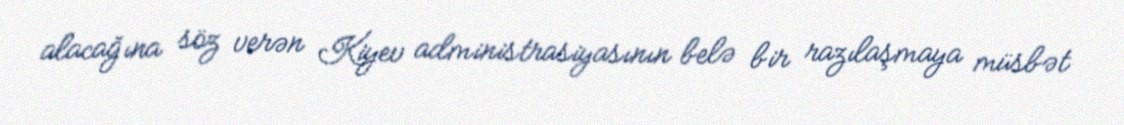
alacağına söz verən Kiyev administrasiyasının belə bir razılaşmaya müsbət